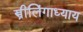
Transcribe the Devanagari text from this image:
स्त्रीलिंगाध्याय